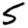
Digit: 5